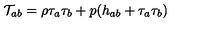
\mathcal { T } _ { a b } = \rho \tau _ { a } \tau _ { b } + p ( h _ { a b } + \tau _ { a } \tau _ { b } )